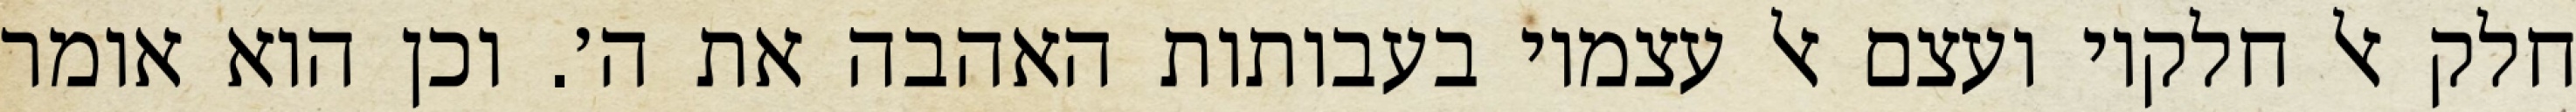
חלק אל חלקיו ועצם אל עצמיו בעבותות האהבה את ה׳. וכן הוא אומר